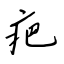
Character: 疤